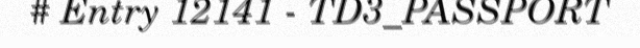
# Entry 12141 - TD3_PASSPORT